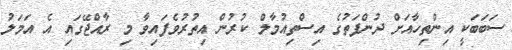
ސަބަބަކީ އިންތިހާއަށް ދުންފަތުގެ އިސްތިއުމާލް ކުރުން އިތުރުވެފައިވާ މި ރާއްޖޭގައި އެ އަމަލު